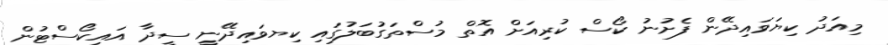
މިއަދު ކިޔަވައިދޭން ފެށުނު ކޯސް ކުރިއަށް އޮތް މުސްތަގުބަލުގައި ކިޔވައިދޭނީ ސީދާ އައިކޯސްޓުން